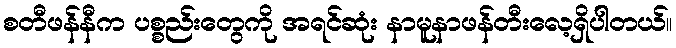
စတီဖန်နီက ပစ္စည်းတွေကို အရင်ဆုံး နာမူနာဖန်တီးလေ့ရှိပါတယ်။